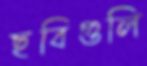
ছবিগুলি